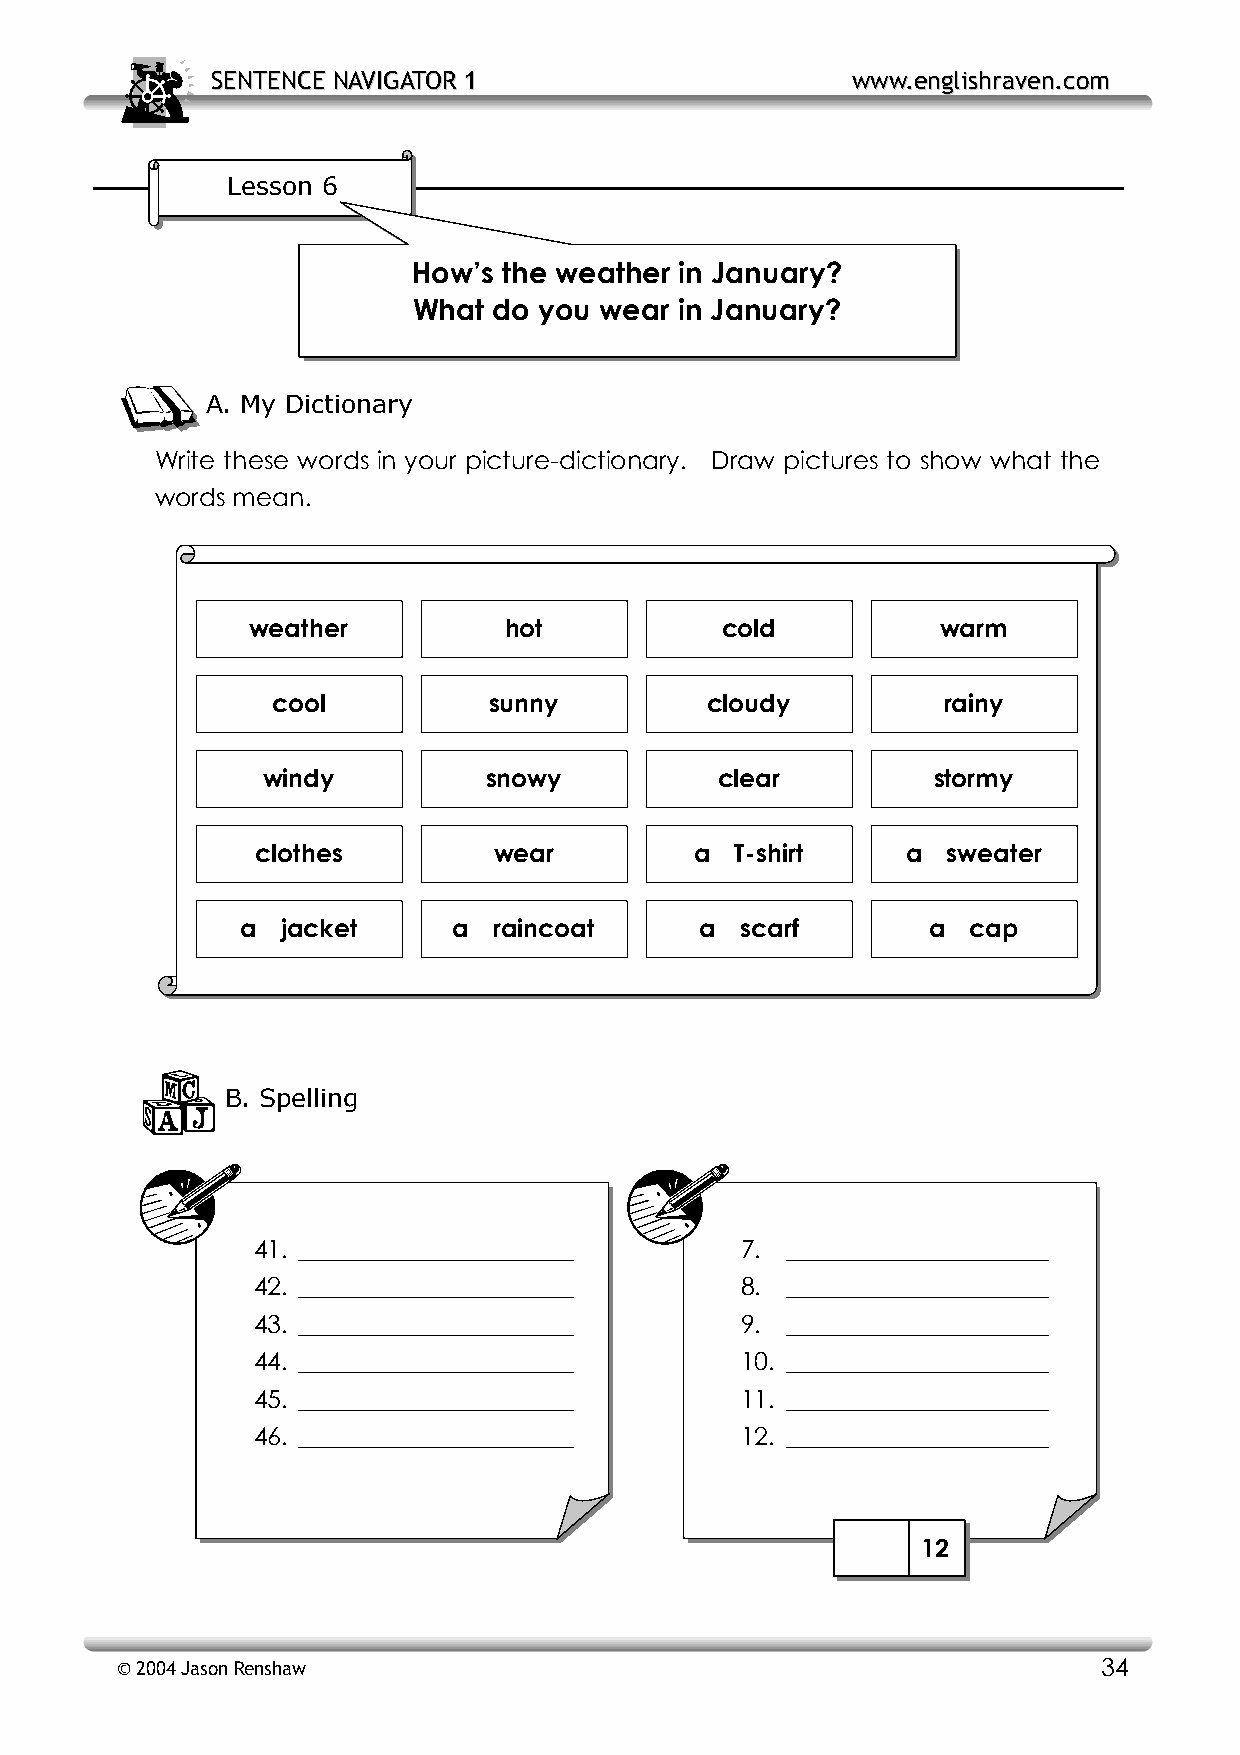
SSEENNTTEENNCCEE NNAAVVIIGGAATTOORR 11    wwwwww..eenngglliisshhrraavveenn..ccoomm
 Lesson 6
 How’s the weather in January?
 What  do you wear in January?
 A. My Dictionary
 Write these words in your picture-dictionary. Draw pictures to show what the
 words mean.
 weather          hot            cold          warm
 cool          sunny          cloudy         rainy
 windy          snowy           clear         stormy
 clothes         wear         a  T-shirt    a  sweater
 a  jacket     a  raincoat     a  scarf       a  cap
 B. Spelling
 41. ______________________      7. _____________________
 42. ______________________      8. _____________________
 43. ______________________      9. _____________________
 44. ______________________      10. _____________________
 45. ______________________      11. _____________________
 46. ______________________      12. _____________________
 12
 © 2004 Jason Renshaw                                             34